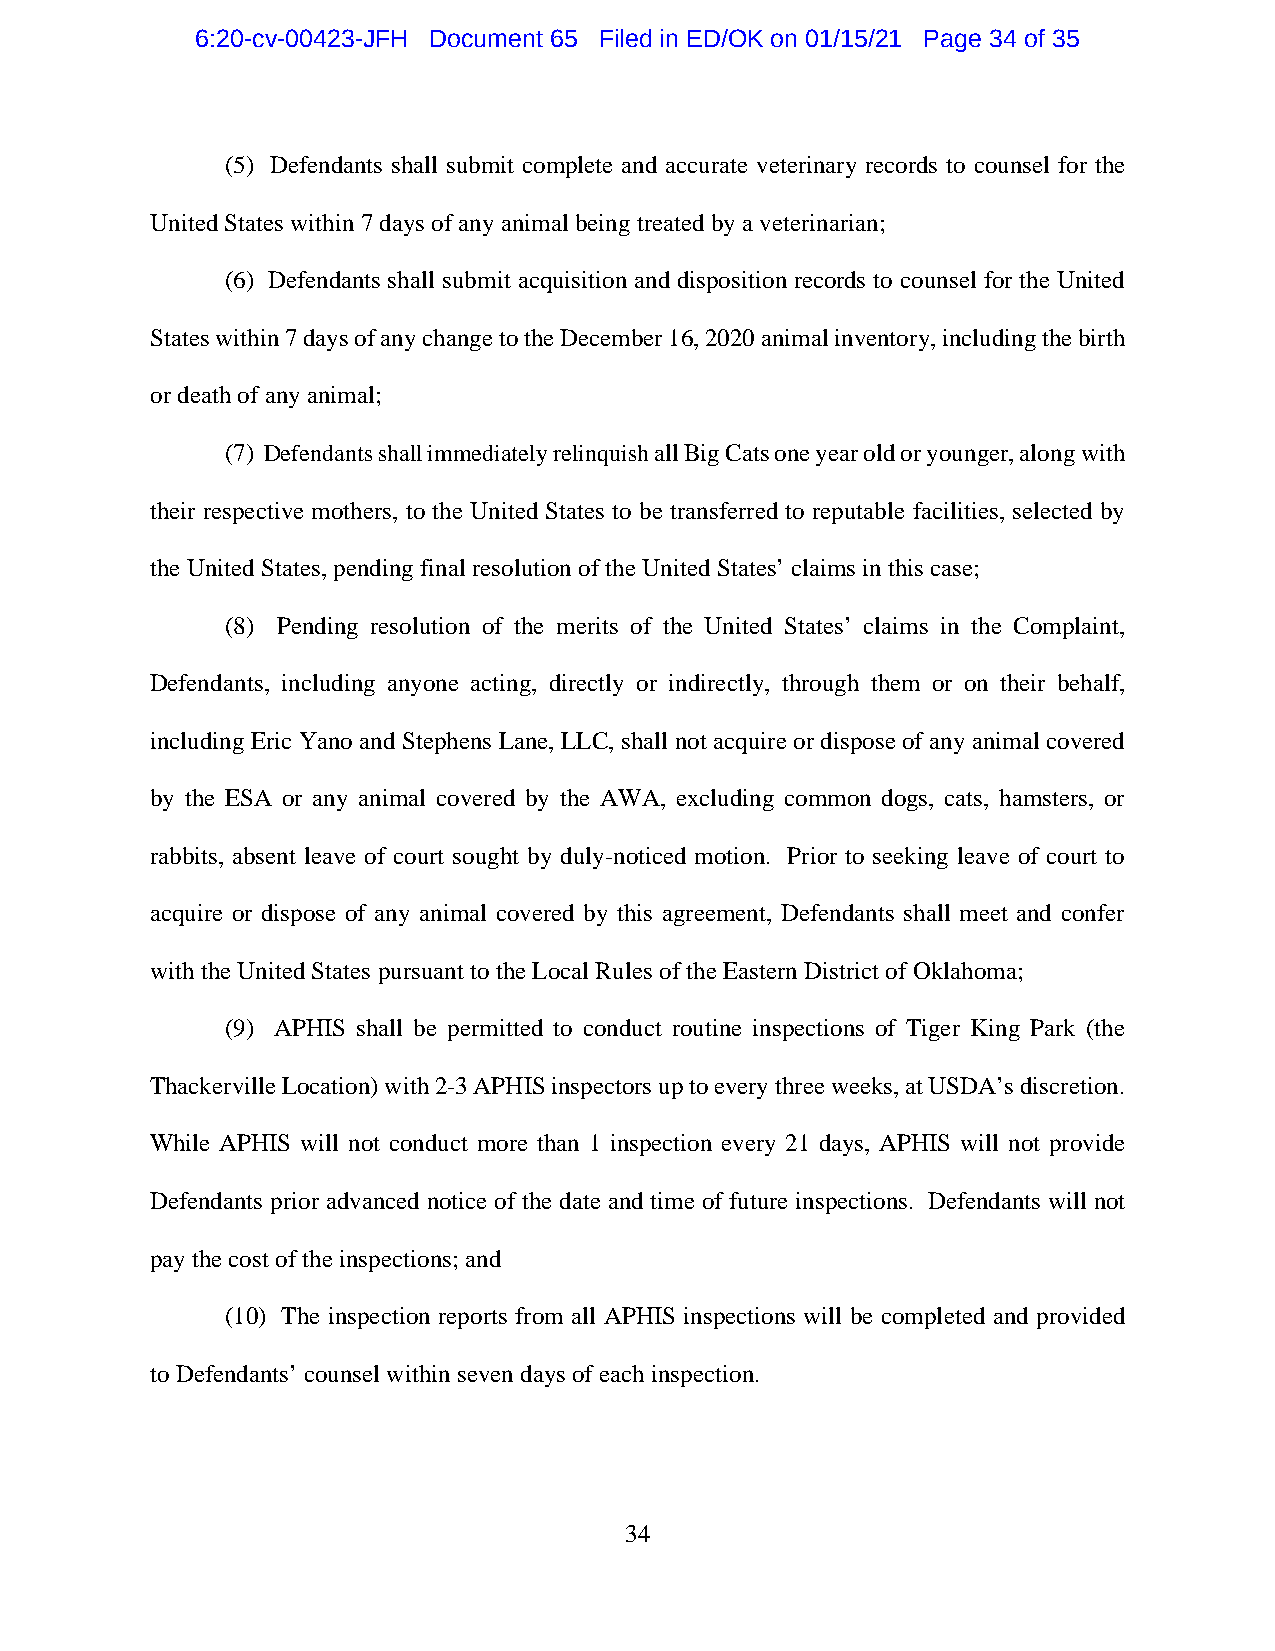
6:20-cv-00423-JFH Document 65 Filed in ED/OK on 01/15/21 Page 34 of 35
 (5) Defendants shall submit complete and accurate veterinary records to counsel for the
 United States within 7 days of any animal being treated by a veterinarian;
 (6) Defendants shall submit acquisition and disposition records to counsel for the United
 States within 7 days of any change to the December 16, 2020 animal inventory, including the birth
 or death of any animal;
 (7) Defendants shall immediately relinquish all Big Cats one year old or younger, along with
 their respective mothers, to the United States to be transferred to reputable facilities, selected by
 the United States, pending final resolution of the United States’ claims in this case;
 (8) Pending resolution of the merits of the United States’ claims in the Complaint,
 Defendants, including anyone acting, directly or indirectly, through them or on their behalf,
 including Eric Yano and Stephens Lane, LLC, shall not acquire or dispose of any animal covered
 by the ESA or any animal covered by the AWA, excluding common dogs, cats, hamsters, or
 rabbits, absent leave of court sought by duly-noticed motion. Prior to seeking leave of court to
 acquire or dispose of any animal covered by this agreement, Defendants shall meet and confer
 with the United States pursuant to the Local Rules of the Eastern District of Oklahoma;
 (9) APHIS shall be permitted to conduct routine inspections of Tiger King Park (the
 Thackerville Location) with 2-3 APHIS inspectors up to every three weeks, at USDA’s discretion.
 While APHIS will not conduct more than 1 inspection every 21 days, APHIS will not provide
 Defendants prior advanced notice of the date and time of future inspections. Defendants will not
 pay the cost of the inspections; and
 (10) The inspection reports from all APHIS inspections will be completed and provided
 to Defendants’ counsel within seven days of each inspection.
 34